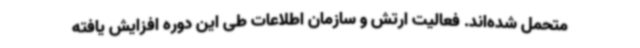
متحمل شده‌اند. فعالیت ارتش و سازمان اطلاعات طی این دوره افزایش یافته